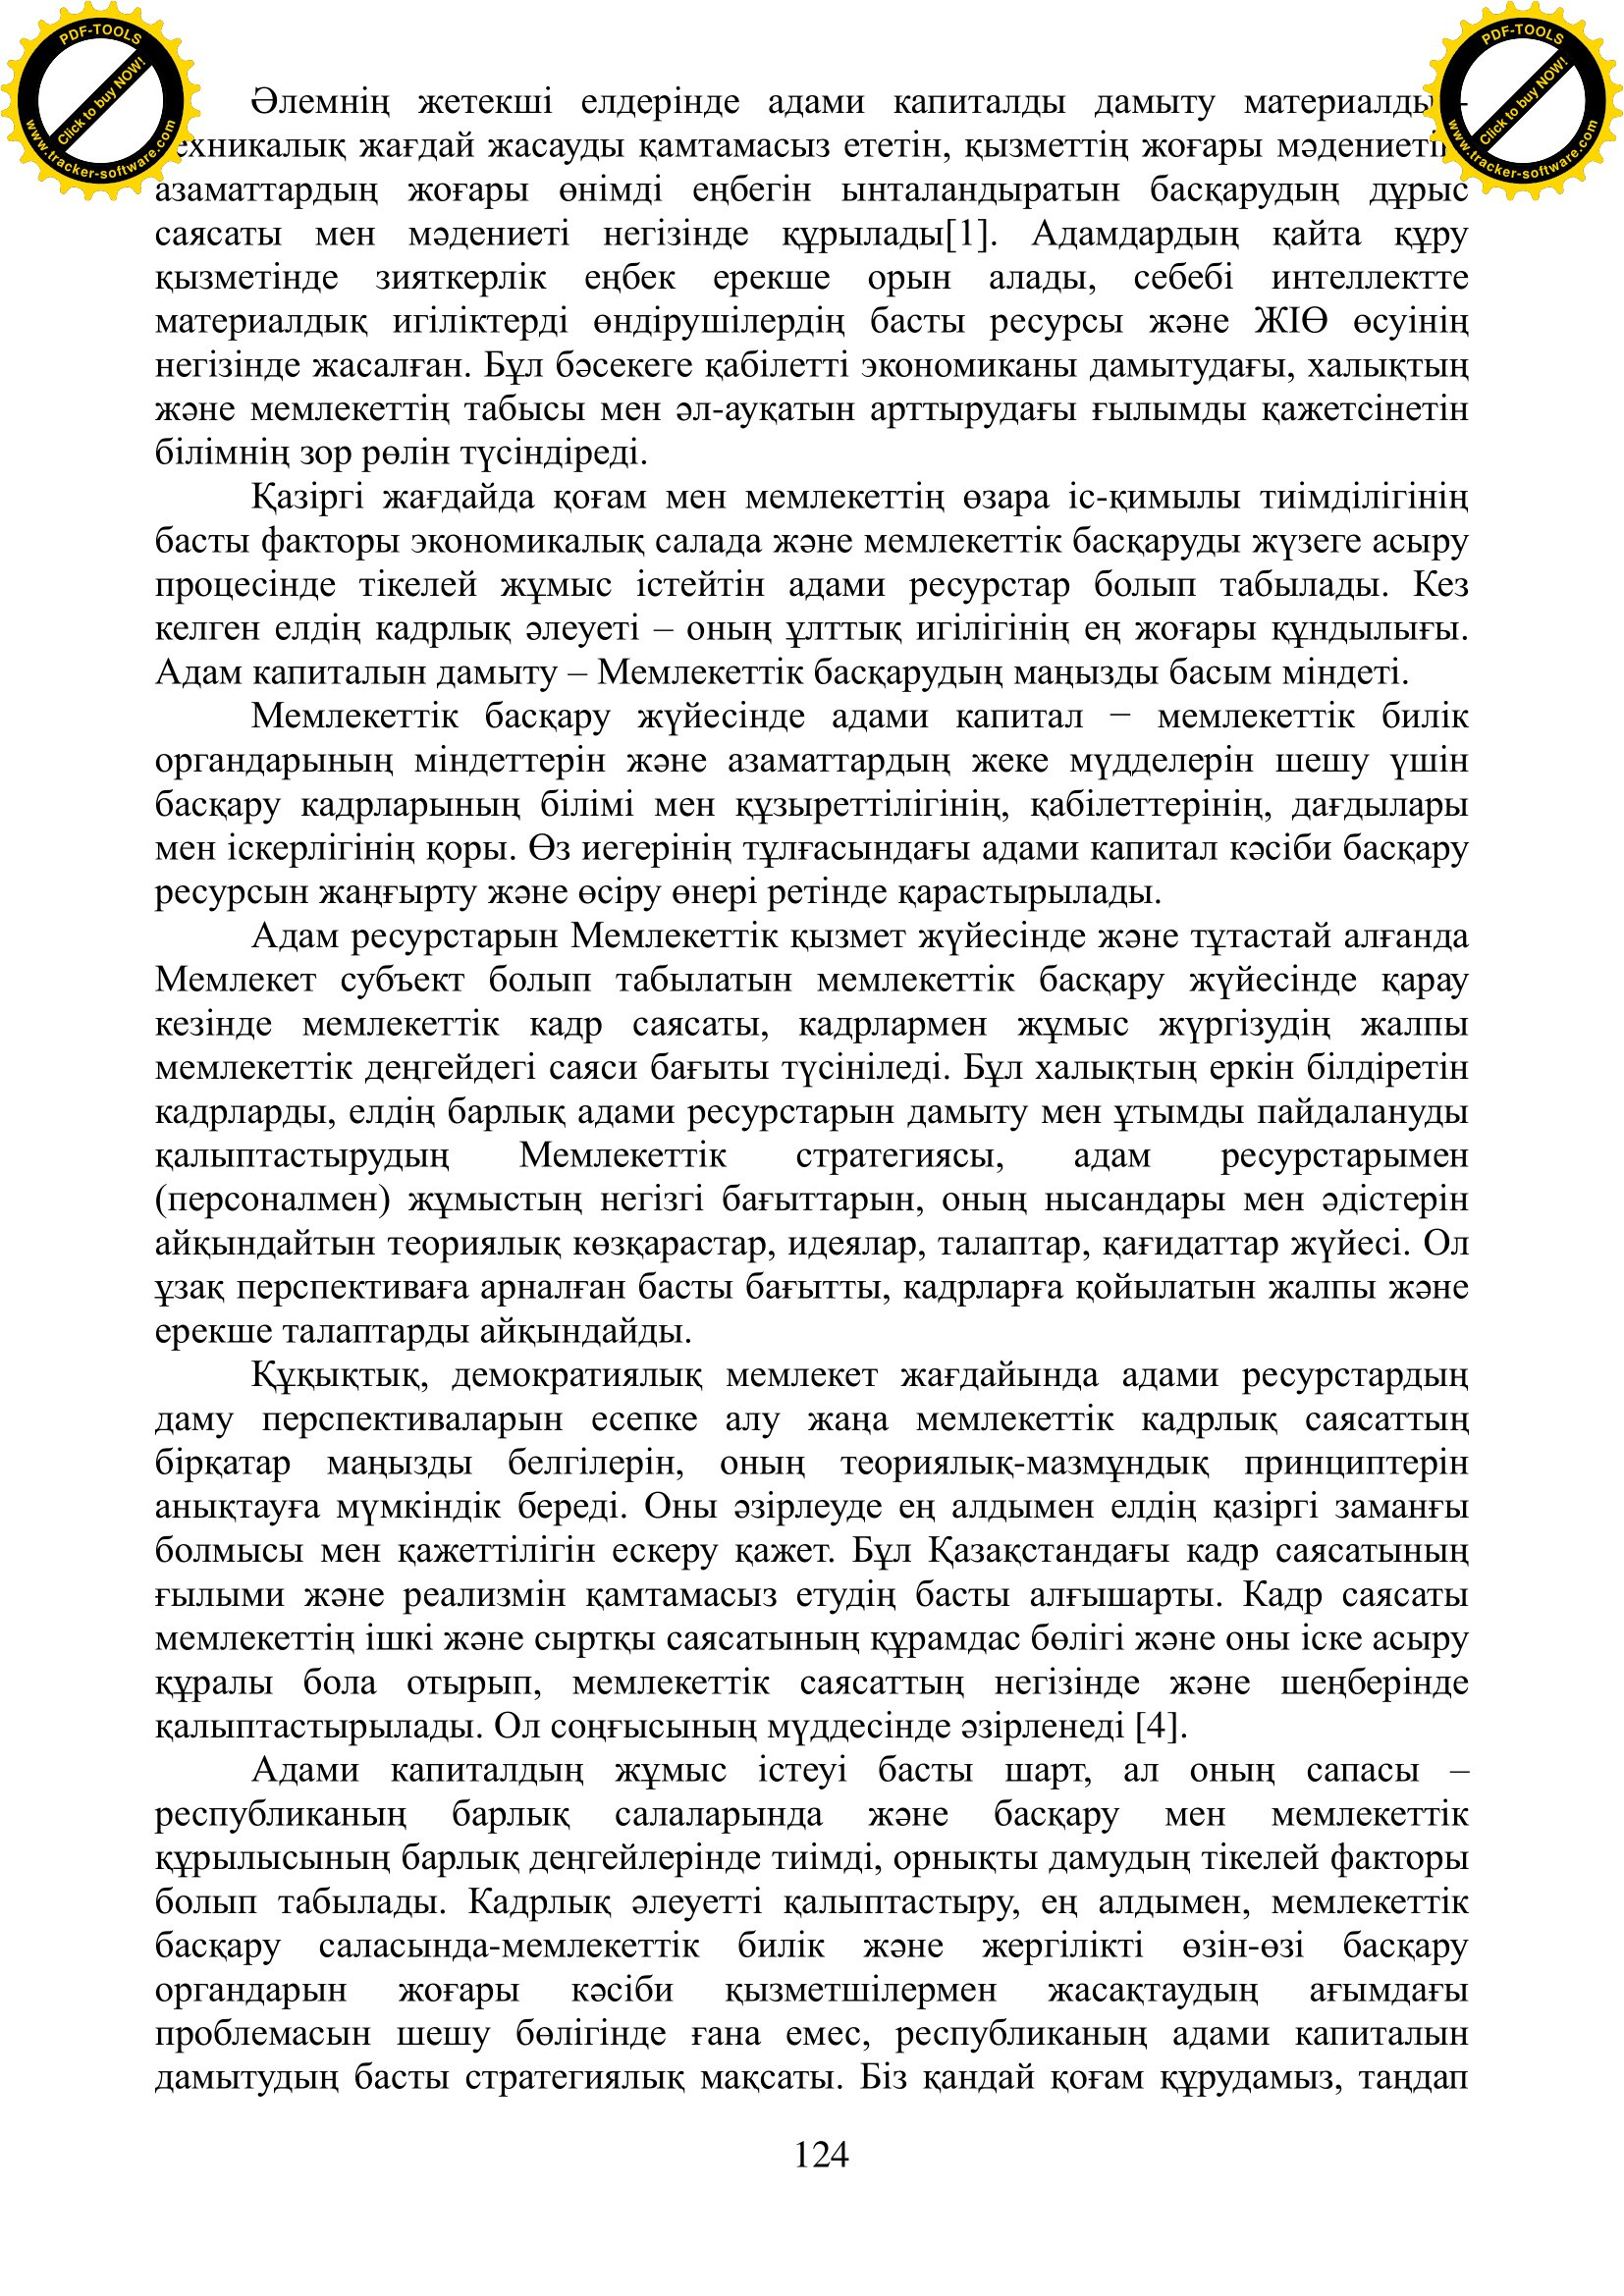
Language: kk